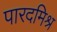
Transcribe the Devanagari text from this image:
पारदमिश्र